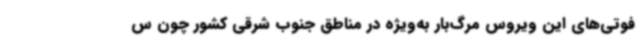
فوتی‌های این ویروس مرگ‌بار به‌ویژه در مناطق جنوب‌ شرقی کشور چون س